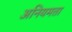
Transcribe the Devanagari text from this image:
अनियमता